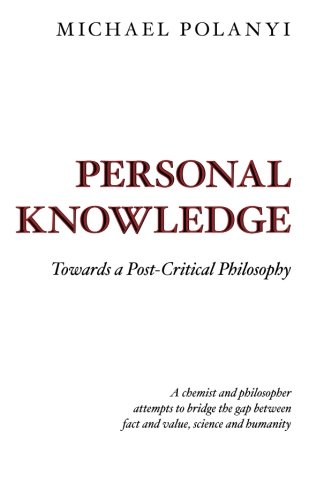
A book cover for Personal Knowledge: Towards a Post-Critical Philosophy; Michael Polanyi; Politics & Social Sciences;